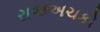
રાજઅચકો